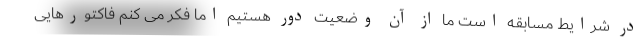
در شرایط مسابقه است ما از آن وضعیت دور هستیم اما فکر می کنم فاکتورهایی